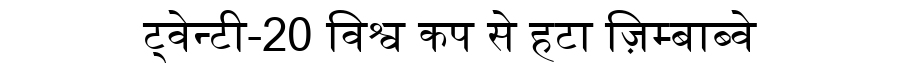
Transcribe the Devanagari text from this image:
ट्वेन्टी-20 विश्व कप से हटा ज़िम्बाब्वे